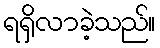
ရရှိလာခဲ့သည်။